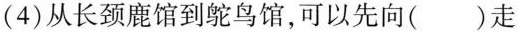
(4)从长颈鹿馆到鸵鸟馆，可以先向()走